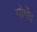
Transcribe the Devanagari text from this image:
मोर्शेद